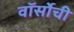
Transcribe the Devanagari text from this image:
वॉर्सोची